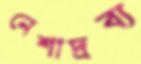
নেশাদ্রব্য